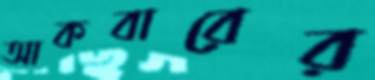
আকবারের